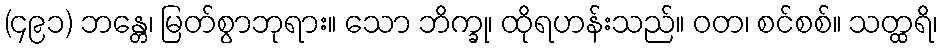
(၄၉၁) ဘန္တေ၊ မြတ်စွာဘုရား။ သော ဘိက္ခု၊ ထိုရဟန်းသည်။ ဝတ၊ စင်စစ်။ သတ္ထရိ၊